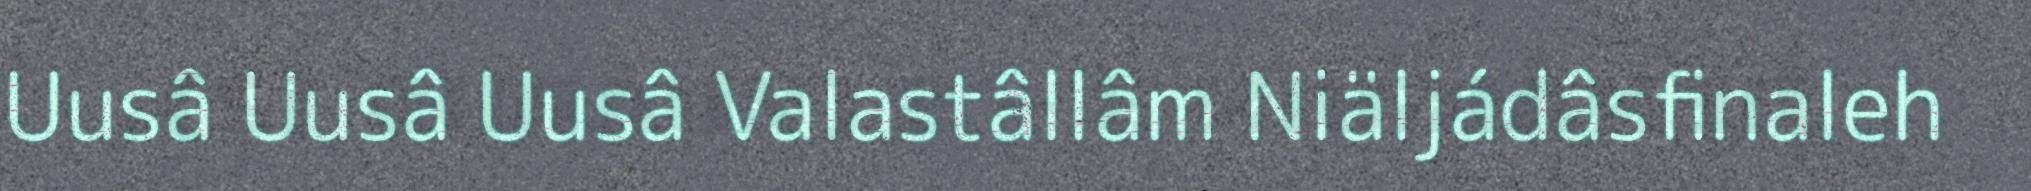
Uusâ Uusâ Uusâ Valastâllâm Niäljádâsfinaleh